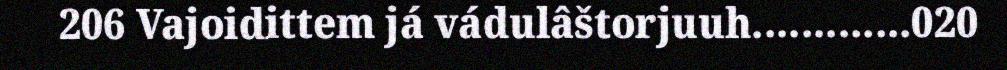
206 Vajoidittem já vádulâštorjuuh.............020